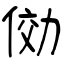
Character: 俲